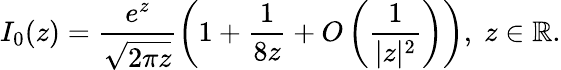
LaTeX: I_{0}(z)=\frac{e^{z}}{\sqrt{2\pi z}}\left(1+\frac{1}{8z}+O\left(\frac{1}{|z|^{2}}\right)\right),\; z\in\mathbb{R}.